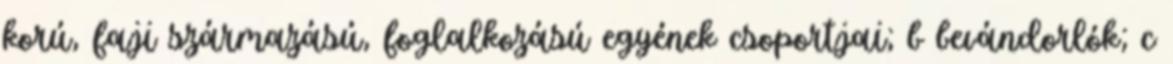
korú, faji származású, foglalkozású egyének csoportjai; b bevándorlók; c